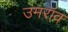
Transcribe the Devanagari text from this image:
उमरॉव